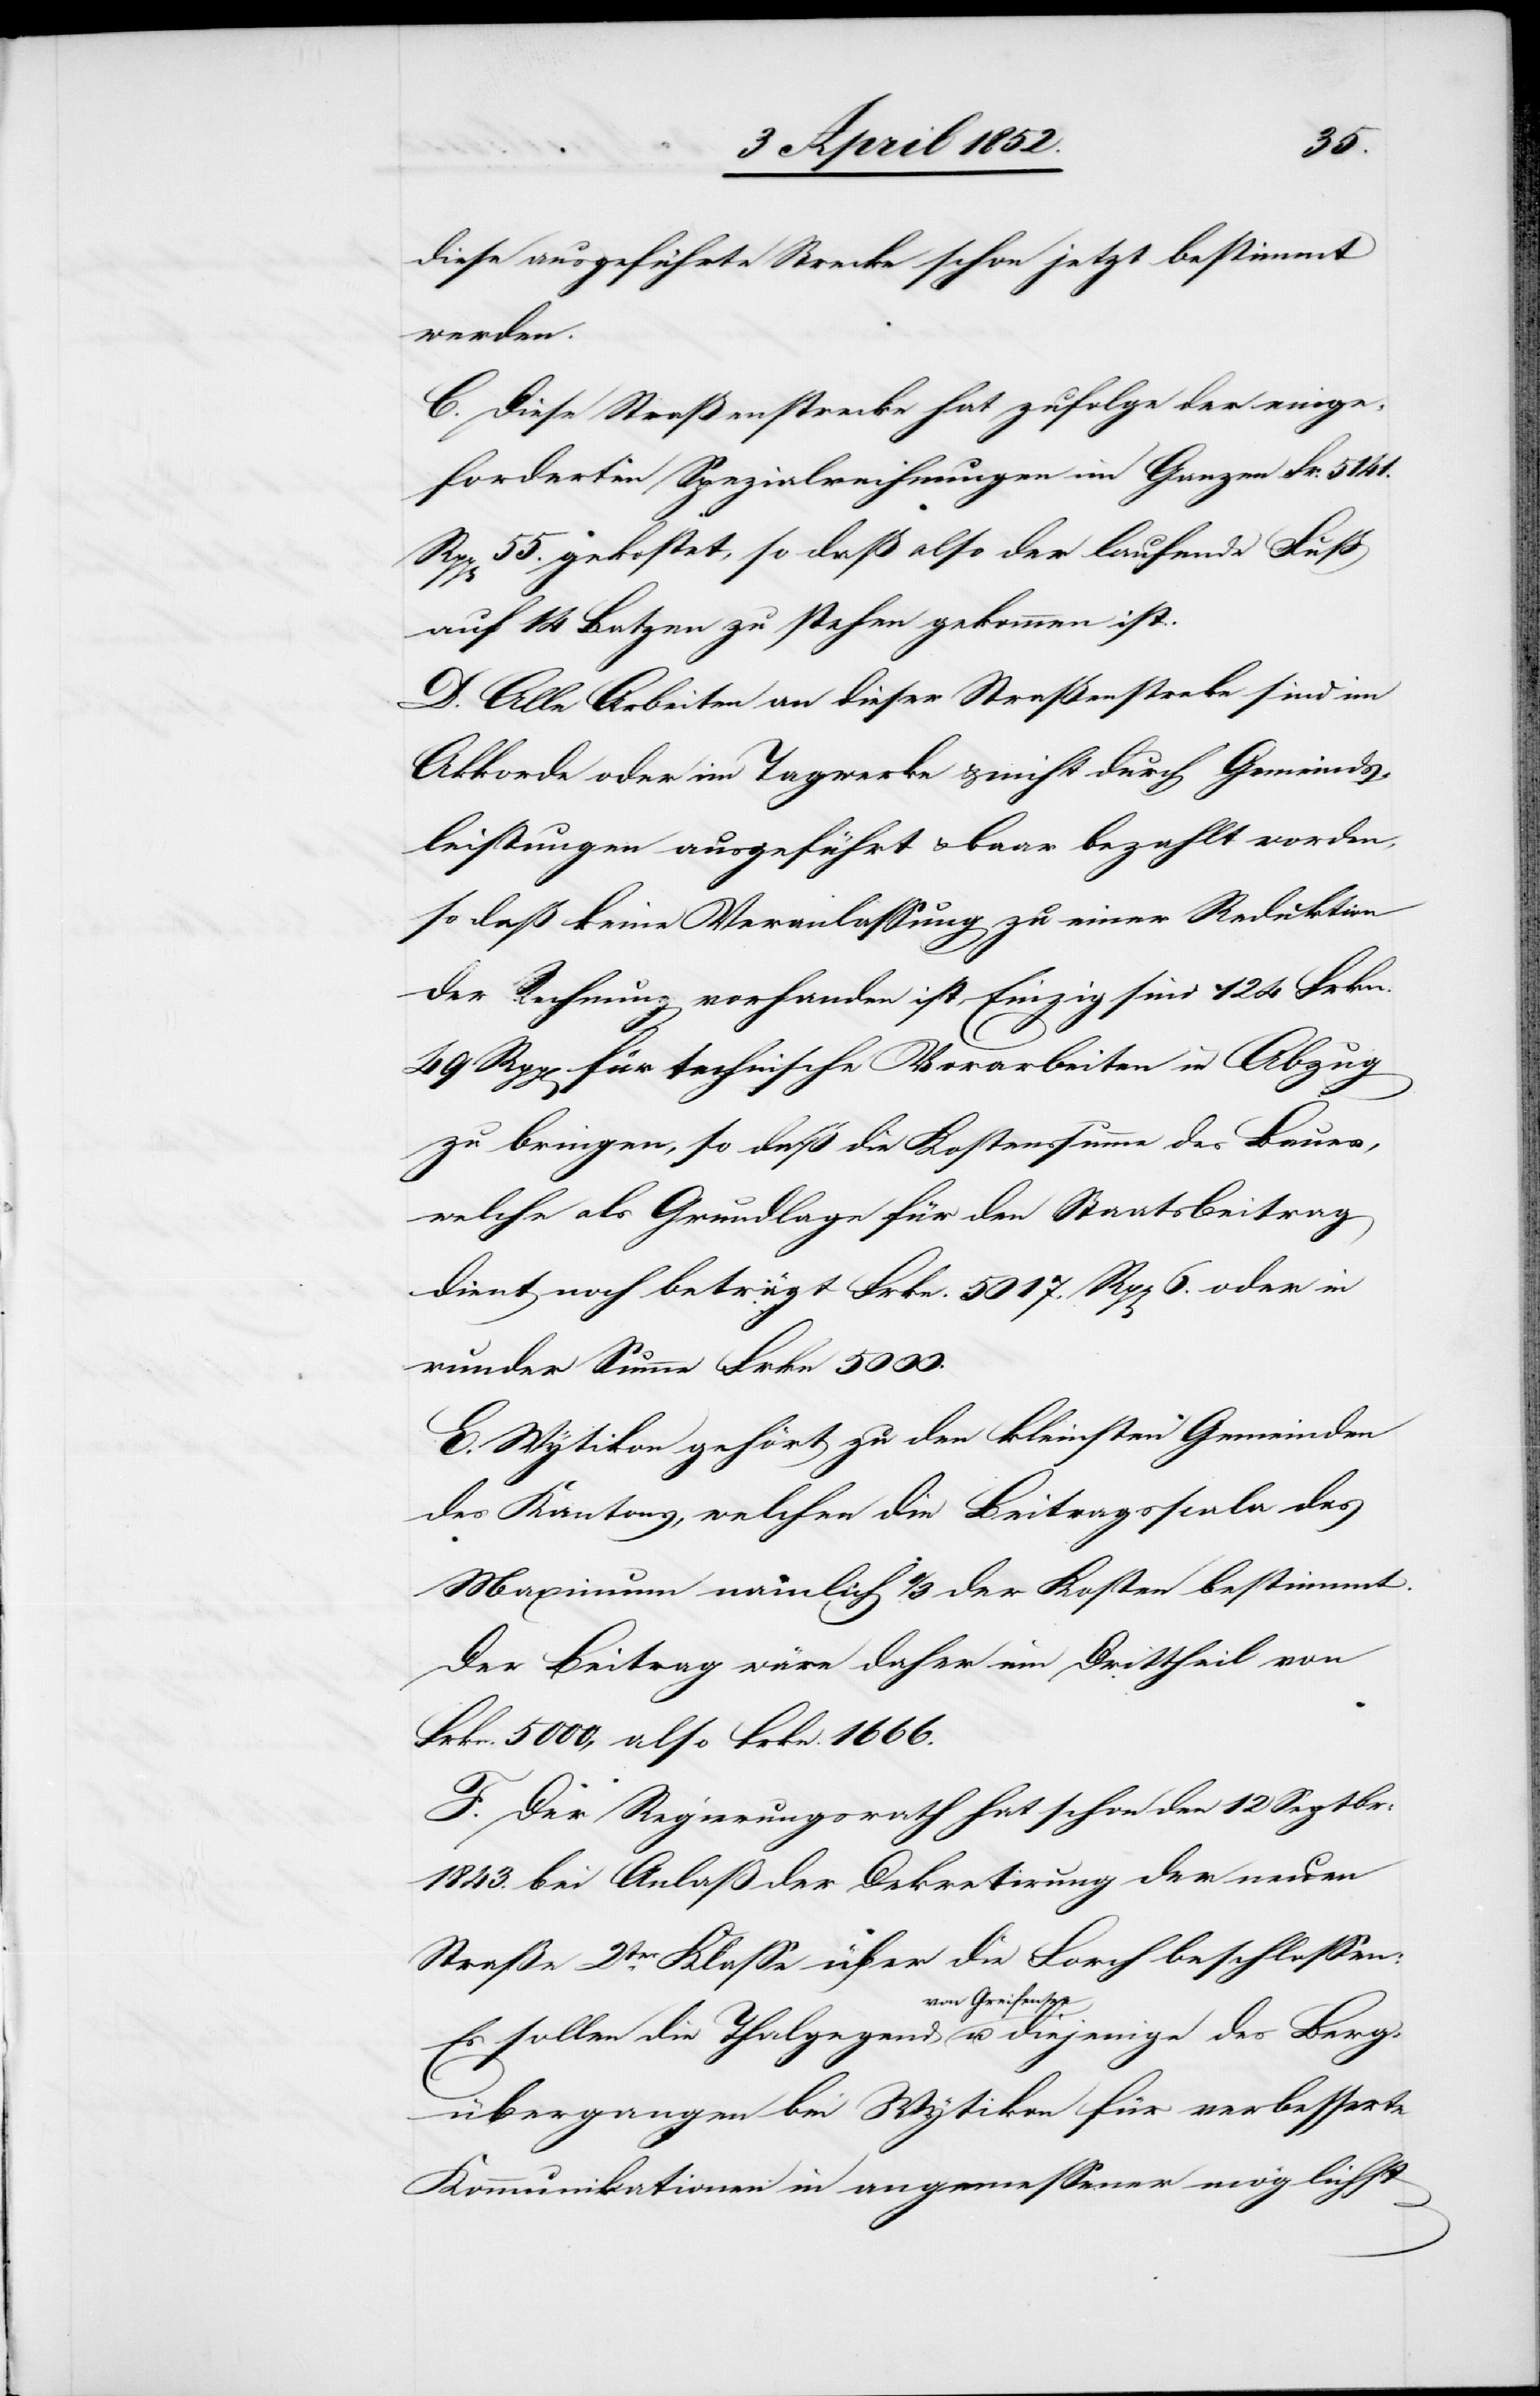
diese ausgeführte Strecke schon jetzt bestimmt
werden.
C. Diese Straßenstrecke hat zufolge der einge¬
forderten Spezialrechnungen im Ganzen Fr. 5141.
55. gekostet, so daß also der laufende Fuß
auf 14 Batzen zu stehen gekommen ist.
D. Alle Arbeiten an dieser Straßenstre[c]ke sind im
Akkorde oder im Tagwerke & nicht durch Gemeinds¬
leistungen ausgeführt & baar bezahlt worden,
so daß keine Veranlassung zu einer Reduktion
der Rechnung vorhanden ist. Einzig sind 124 Frkn.
49 Rpp[en] für technische Vorarbeiten in Abzug
zu bringen, so daß die Kostensumme des Baues,
welche als Grundlage für den Staatsbeitrag
dient noch beträgt Frkn. 5017. Rpp[en] 6. oder in
runder Summe Frkn 5000.
E. Wytikon gehört zu den kleinsten Gemeinden
des Kantons, welchen die Beitragsscala das
Maximum nämlich 1/3 der Kosten bestimmt.
Der Beitrag wäre daher ein Drittheil von
Frkn. 5000, also Frkn. 1666.
F. Der Regierungsrath hat schon den 12 Septbr:
1843. bei Anlaß der Dekretirung der neuen
Straße 2ter. Klasse über die Forch beschlossen:
Es sollen die Thalgegend von Greifensee u. diejenige
Kommunikationen in angemessener möglichst